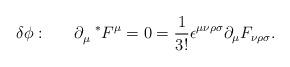
LaTeX: \begin{align*}\delta\phi :~~~~~\partial_{\mu}^{~~*}F^{\mu}=0=\frac{1}{3!}\epsilon^{\mu\nu\rho\sigma}\partial_{\mu}F_{\nu\rho\sigma}.\end{align*}